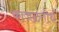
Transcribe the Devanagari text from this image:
काजळतीर्थ